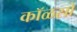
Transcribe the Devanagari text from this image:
कॉळसो